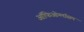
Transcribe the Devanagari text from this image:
ऑफिओग्लॉसम